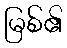
မြစ်၏